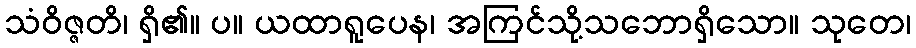
သံဝိဇ္ဇတိ၊ ရှိ၏။ ပ။ ယထာရူပေန၊ အကြင်သို့သဘောရှိသော။ သုတေ၊